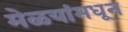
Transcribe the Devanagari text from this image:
मेळयांमधून